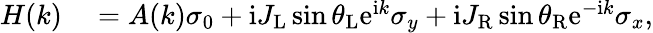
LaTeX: \begin{array}{rl}{H(k)}&{{}=A(k)\sigma_{0}+\mathrm{i}J_{\mathrm{L}}\sin{\theta_{\mathrm{L}}}\mathrm{e}^{\mathrm{i}k}\sigma_{y}+\mathrm{i}J_{\mathrm{R}}\sin{\theta_{\mathrm{R}}}\mathrm{e}^{-\mathrm{i}k}\sigma_{x},}\end{array}